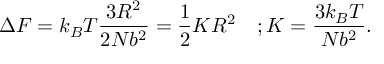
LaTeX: \Delta F = k _ { B } T { \frac { 3 R ^ { 2 } } { 2 N b ^ { 2 } } } = { \frac { 1 } { 2 } } K R ^ { 2 } \quad ; K = { \frac { 3 k _ { B } T } { N b ^ { 2 } } } .